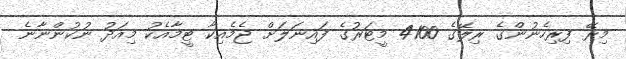
މިރޭ ފިރިހެނުންގެ ރިލޭގެ 4100 މީޓަރުގެ ފައިނަލަށް ޖެމެއިކާ ޓީމާއެކު މިއަދު ނުކުންނާނެ